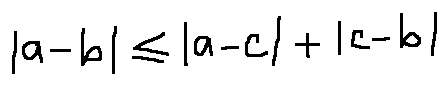
| a - b | \leq | a - c | + | c - b |